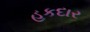
હકદાર